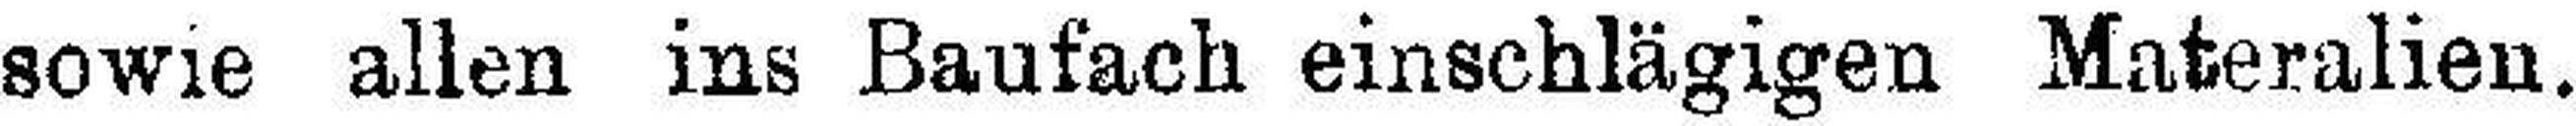
sowie allen ins Baufach einschlägigen Materalien.